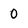
Character: 0